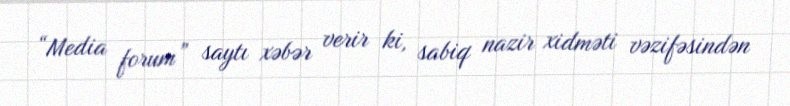
“Media forum” saytı xəbər verir ki, sabiq nazir xidməti vəzifəsindən